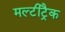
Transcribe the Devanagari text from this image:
मल्टीट्रैक